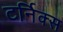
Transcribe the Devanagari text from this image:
टर्निक्स